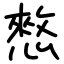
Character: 憗